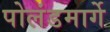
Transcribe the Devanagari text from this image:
पोलंडमार्गे